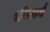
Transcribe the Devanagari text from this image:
बधितार्थ